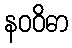
နဝဝိဓာ